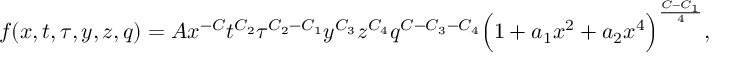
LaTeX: f ( x , t , \tau , y , z , q ) = A x ^ { - C } t ^ { C _ { 2 } } \tau ^ { C _ { 2 } - C _ { 1 } } y ^ { C _ { 3 } } z ^ { C _ { 4 } } q ^ { C - C _ { 3 } - C _ { 4 } } \Bigl ( 1 + a _ { 1 } x ^ { 2 } + a _ { 2 } x ^ { 4 } \Bigr ) ^ { { \frac { C - C _ { 1 } } { 4 } } } ,